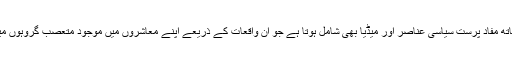
اس میں مذہبی اور نسلی انتہا پسندوں کے ساتھ ساتھ مفاد پرست سیاسی عناصر اور میڈیا بھی شامل ہوتا ہے جو ان واقعات کے ذریعے اپنے معاشروں میں موجود متعصب گروہوں میں مقبولیت حاصل کرنے کی کو شش کرتے ہیں۔